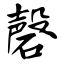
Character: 磬